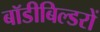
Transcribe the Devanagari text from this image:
बॉडीबिल्डरों